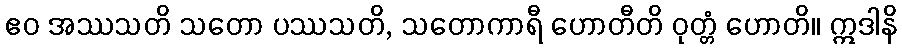
ဧဝ အဿသတိ သတော ပဿသတိ, သတောကာရီ ဟောတီတိ ဝုတ္တံ ဟောတိ။ ဣဒါနိ